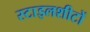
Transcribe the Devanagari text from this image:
स्टाइलशीटों